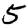
Digit: 5